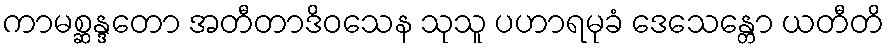
ကာမစ္ဆန္ဒတော အတီတာဒိဝသေန သုသူ ပဟာရမုခံ ဒေသေန္တော ယတီတိ